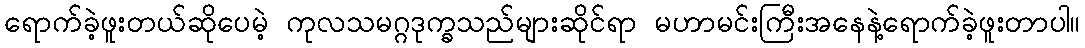
ရောက်ခဲ့ဖူးတယ်ဆိုပေမဲ့ ကုလသမဂ္ဂဒုက္ခသည်များဆိုင်ရာ မဟာမင်းကြီးအနေနဲ့ရောက်ခဲ့ဖူးတာပါ။